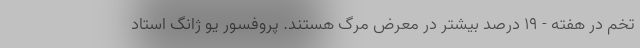
تخم در هفته - ۱۹ درصد بیشتر در معرض مرگ هستند. پروفسور یو ژانگ استاد